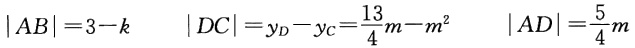
\(|AB| = 3 - k\quad |DC| = y_D - y_C=\frac{13}{4}m - m^2\quad |AD|=\frac{5}{4}m\)